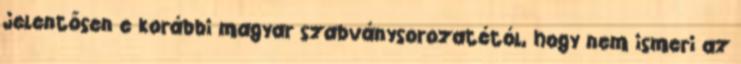
jelentősen e korábbi magyar szabványsorozatétól, hogy nem ismeri az